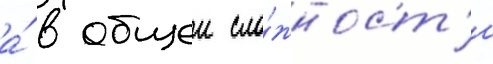
а́ в общеи сло́жност'и